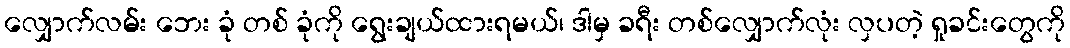
လျှောက်လမ်း ဘေး ခုံ တစ် ခုံကို ရွေးချယ်ထားရမယ်၊ ဒါမှ ခရီး တစ်လျှောက်လုံး လှပတဲ့ ရှုခင်းတွေကို